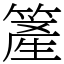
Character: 簅